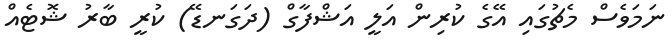
ނަމަވެސް މެޗުގައި އޭގެ ކުރިން އަލީ އަޝްފާގް (ދަގަނޑޭ) ކުރީ ބާރު ޝޮޓެއް